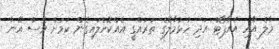
މާލެ އާއި އެއާޕޯޓް އަދި ހުޅުމާލޭގެ ތަރައްގީ އެއްކޮށްލައިގެން ކަމަށް ވެސް އޭނާ